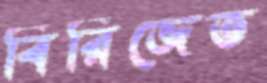
বিরিজেত